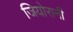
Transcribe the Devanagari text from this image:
जियोरानी